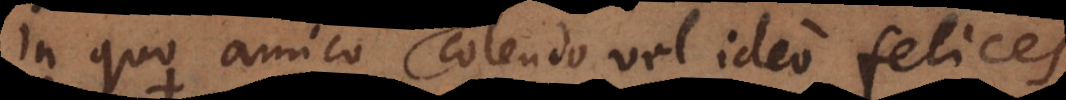
et Domino colendo vel ideo felices